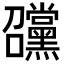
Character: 𡆊